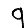
Digit: 9